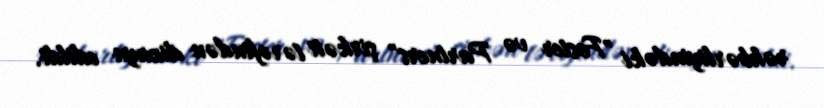
rəhbərliyindəki "Foster və Partners" şirkəti tərəfindən dizayn edildi.